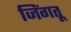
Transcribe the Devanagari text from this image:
जिंगतू